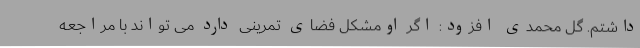
داشتم. گل محمدی افزود: اگر اومشکل فضای تمرینی دارد می تواند با مراجعه